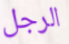
الرجل